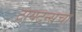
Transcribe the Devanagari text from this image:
टायटन्सचा